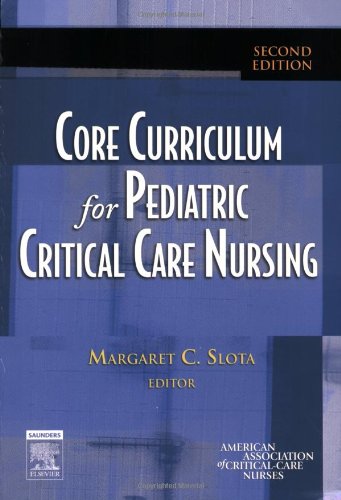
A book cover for Core Curriculum for Pediatric Critical Care Nursing, 2e (Slota, Core Curriculum for Pediatric Critical Care Nursing); American Association of Critical-Care Nurses; Medical Books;